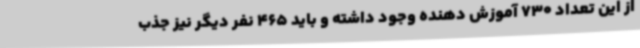
از این تعداد 730 آموزش دهنده وجود داشته و باید 465 نفر دیگر نیز جذب